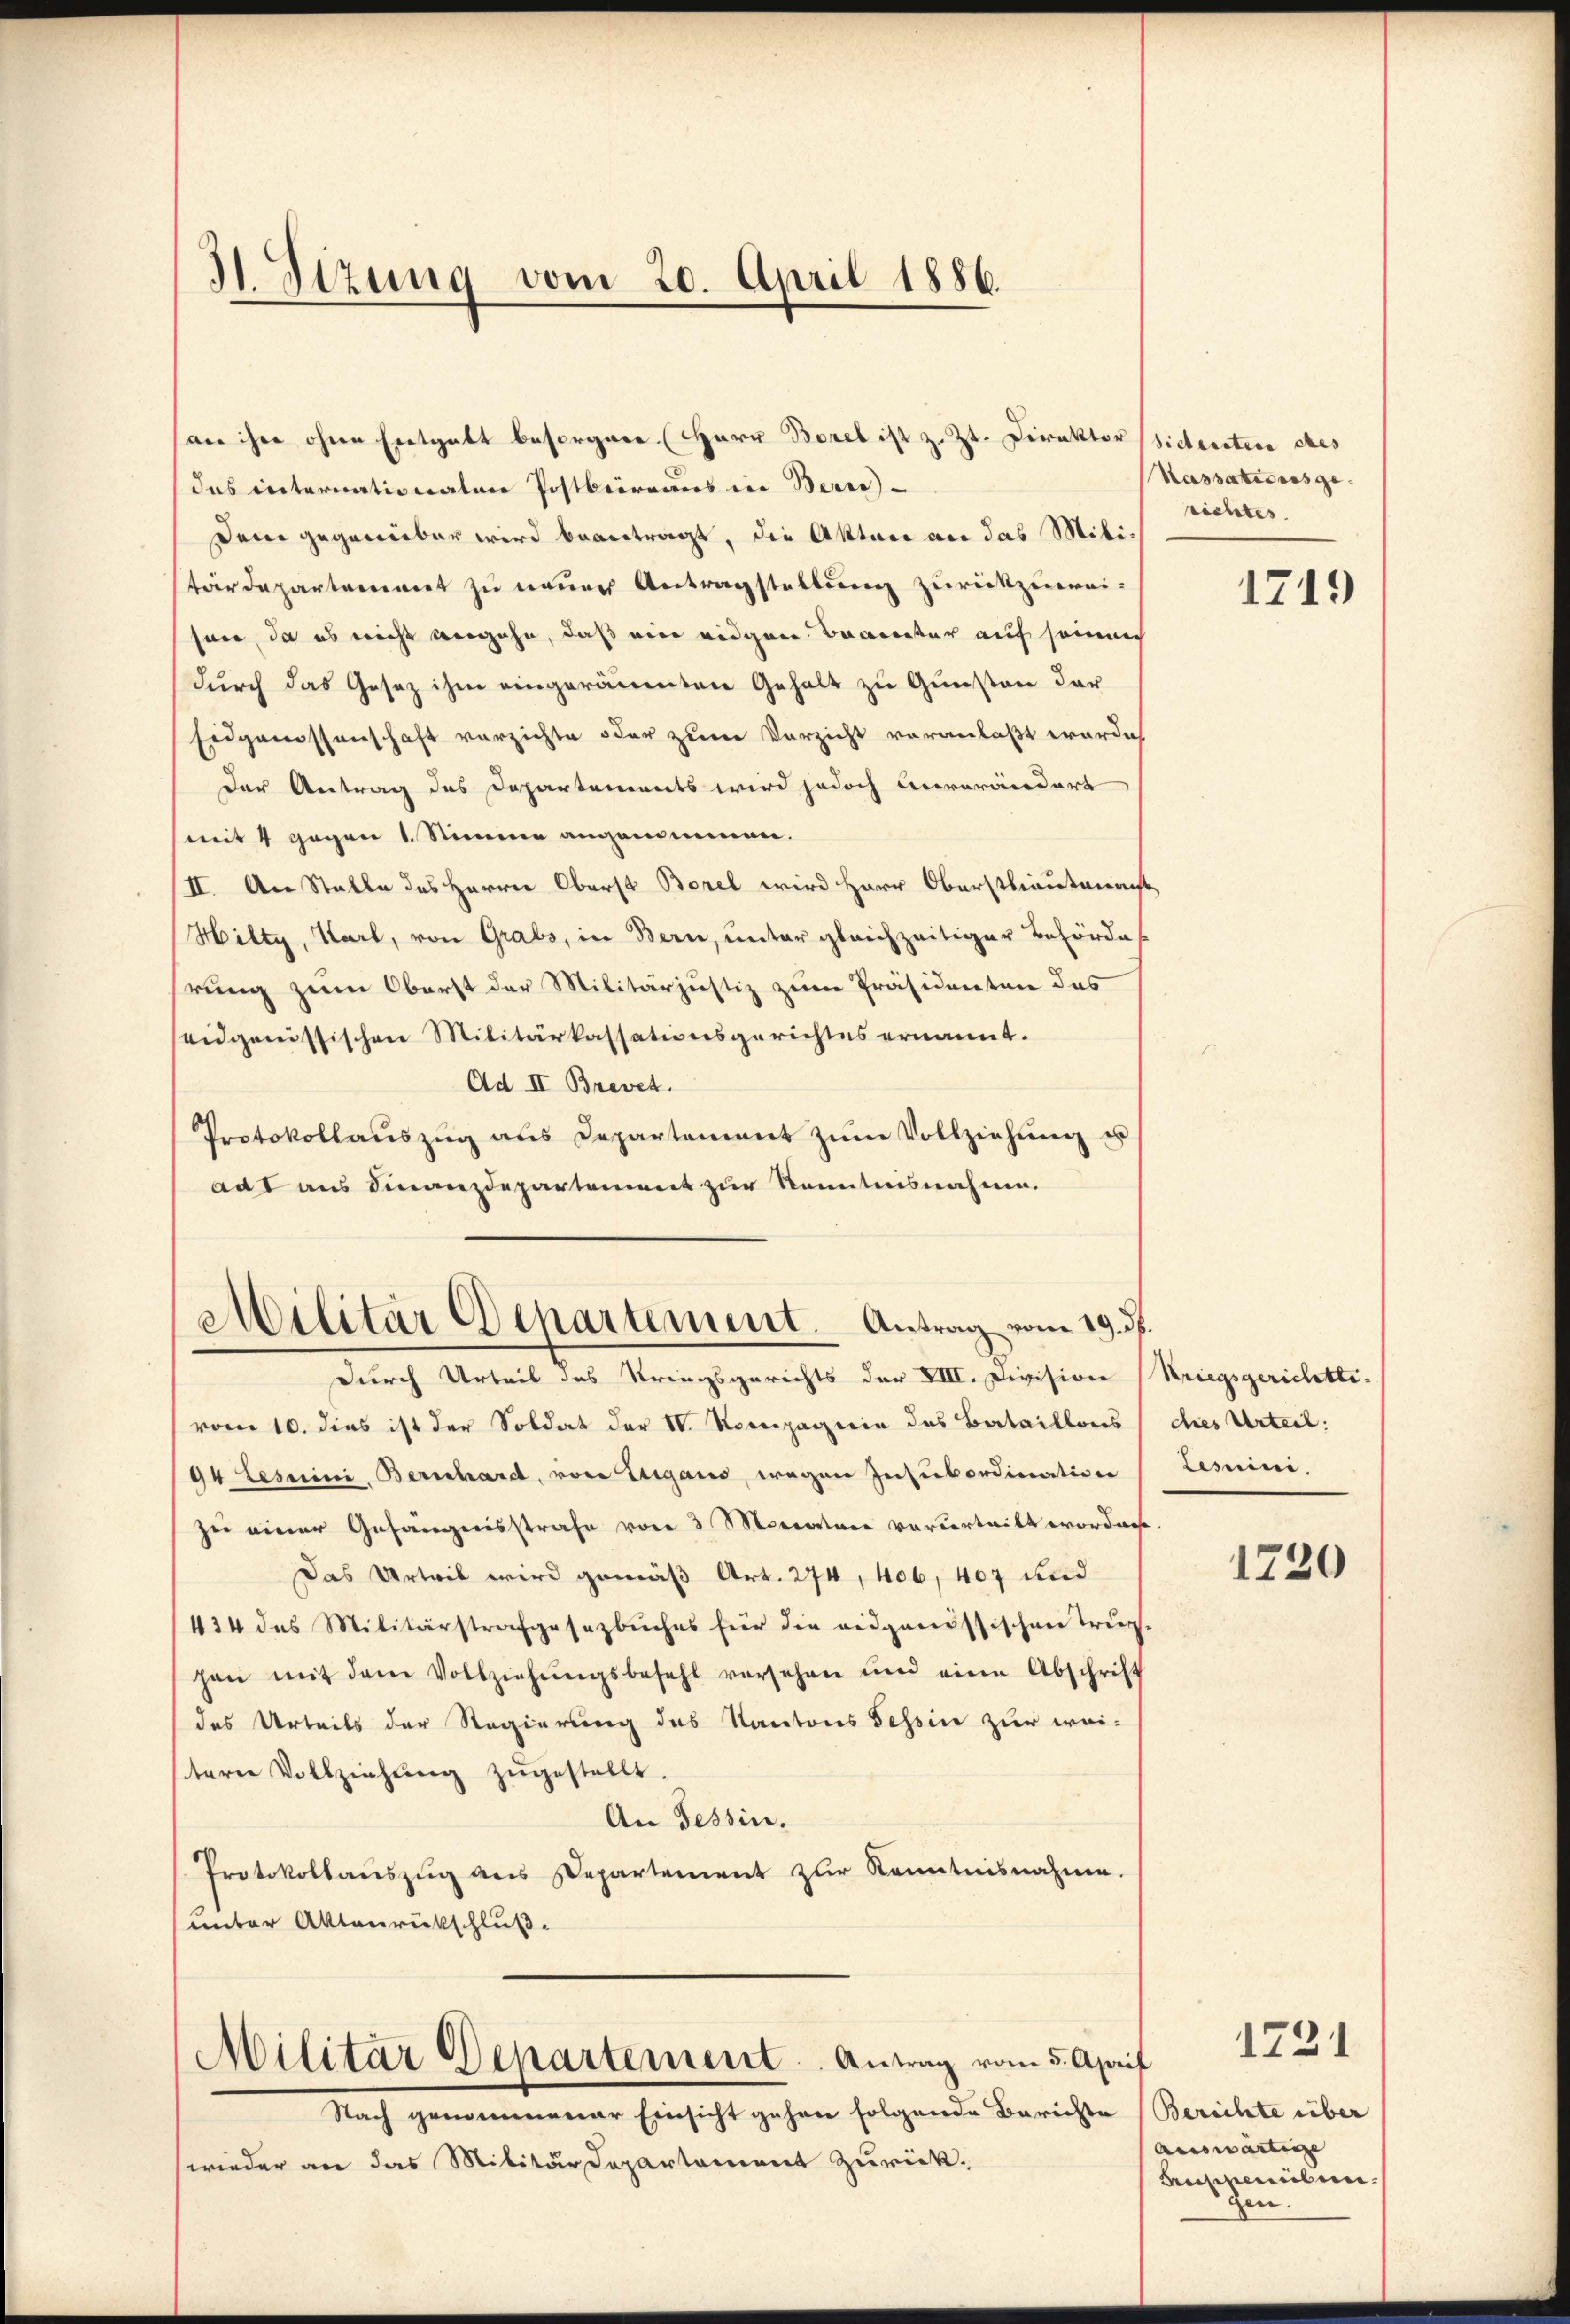
H. Sitzung vom 20. April 1886.

an ihre ohne Entgatt besorgere (Herr Borel ist z. Zt. Direktor (sidenten des
das internationalen Postbureaus in Berne-
Dem gegenüber wird beantragt, die Akten an das Militärdepartement zu neuer Antragstellung zurückzuweisare, da es nicht vergehe, daß eine eidgene Baarenter auf seinen
durch das Gesez ihm eingeräumten Gehalt zu Gunsten der
Eidgenossenschaft verzichte oder zum Verzicht veranlaßt worde
der Antrag des Departements wird jedoch unverändert
mit 4 gegen 1. Stimme angenommen.
/II. An Stalle des Herrn Oberst Borel wird Herr Oberstlieutenant
Hilty, Karl, von Grabs, in Bern, unter gleichzeitiger Behördes
rung zum Oberst der Militärjustiz zum Präsidenten das
eidgenössischen Militärkassationsgerichtes ernannt.
Ad II Brevet.
Protokollauszug aus Departement zŭm Vollziehung u
ad I aus Finanzdepartement zur Kenntnisnahme.

Militar Departement. Antrag vom 19. ds.

Militär Departement. Antrag vom 5. April

durch Urteil des Kriegsgerichts der VIII. Division (Kriegsgerichtti-
vom 10. dies ist der Soldat der IV. Kompagnie des Bataillons
94 Lessini, Bernhard, von Lugano, wegen Insubordination
ze einer Gefängnisstrafe von 3 Monatare vorvertritt worden.
Das Urteil wird gemäß Art. 274, 406, 407 und
434 das Militärstrafgesezbuches für die eidgenössischen Trug
gen mit dem Vollziehŭngsbefehl versehen und eine Abschrift
das Urteils der Regierung des Kantons Tessin zur wei-
sterer Vollziehŭng zŭgestellt.
An Tessin.
Protokollauszug aus Departement zur Kenntnisnahme.
unter Aktenrückschluß.

Nach genommener Einsicht gehen folgende Berichte
wieder an das Militärdepartement zurück.

Kassationsge
richtes.

1719

dies Urteil.
Lesmini

1720

1731

Berichte über
auswärtige |
Anschreiben.
gen.